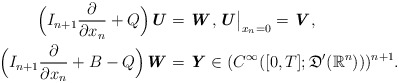
\begin{align*} \Bigl(I_{n+1}\frac{\partial }{\partial x_n} + Q\Bigr)\textbf{\textit{U}} & = \textbf{\textit{W}}, \textbf{\textit{U}}\big|_{x_n=0}=\textbf{\textit{V}},\\ \Bigl(I_{n+1}\frac{\partial }{\partial x_n} + B - Q\Bigr)\textbf{\textit{W}} & =\textbf{\textit{Y}} \in (C^\infty([0,T];\mathfrak{D}^\prime (\mathbb{R}^{n})))^{n+1}. \end{align*}